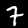
Label: 7